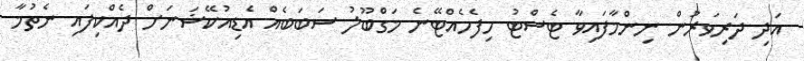
އަދި ދަރިވަރުން ނިންމާފައިވާ ޓެސްޓު ހިފެހެއްޓޭނެ މަގްބޫލު ސަބަބެއް އެޑިއުކޭޝަނަށް ދެއްކިފައި ނެތުމާ